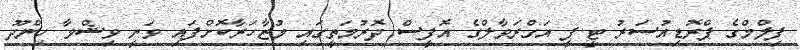
ފިލްމްގެ ޕްރޮޑިއުސަރު ޓީ.ޕީ އަގްރަވާލްގެ އޮފީސް ދޮރުމަތީގައި މުޒާހަރާކޮށްފައި ވަނީ ވިޝްވާ ހިންދޫ